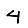
Digit: 4